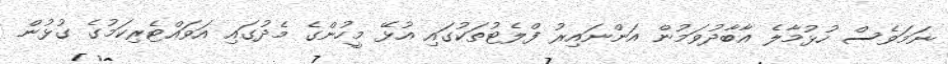
ނަމަވެސް ހުޅުމާލެ އާބާދުވަމުން އަންނައިރު ފްލެޓުތަކުގައި އުޅޭ މީހުންގެ މެދުގައި އަވައްޓެރިކަމުގެ ގުޅުން